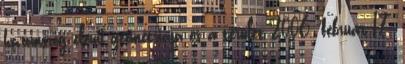
háromszög elemi geometriája és a terület 2006. február 17.